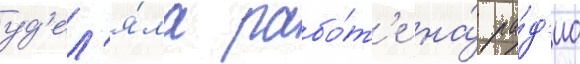
уд'ел'я́ла рабо́т'е на́ ра́д'ио